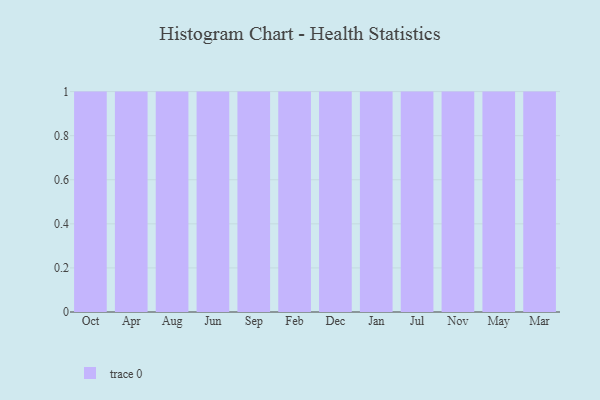
{"axis": {"x": "Month", "y": "Shipments"}, "legend": [""], "data": [{"x": "Oct", "y": 67, "type": ""}, {"x": "Apr", "y": 86, "type": ""}, {"x": "Aug", "y": 12, "type": ""}, {"x": "Jun", "y": 14, "type": ""}, {"x": "Sep", "y": 69, "type": ""}, {"x": "Feb", "y": 92, "type": ""}, {"x": "Dec", "y": 23, "type": ""}, {"x": "Jan", "y": 37, "type": ""}, {"x": "Jul", "y": 36, "type": ""}, {"x": "Nov", "y": 43, "type": ""}, {"x": "May", "y": 42, "type": ""}, {"x": "Mar", "y": 12, "type": ""}]}